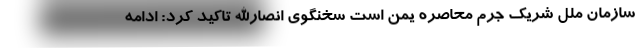
سازمان ملل شریک جرم محاصره یمن است سخنگوی انصارالله تاکید کرد: ادامه